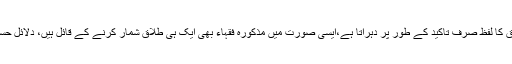
اور وہ طلاق کا لفظ صرف تاکید کے طور پر دُہراتا ہے،ایسی صورت میں مذکورہ فقہاء بھی ایک ہی طلاق شمار کرنے کے قائل ہیں، دلائل حسب ذیل ہیں۔